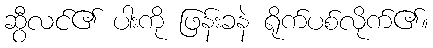
ဆွီလင်၏ ပါးကို ဖြန်းခနဲ ရိုက်ပစ်လိုက်၏။